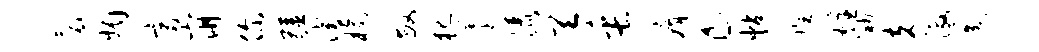
鬟媚富崩你疆潜榆敏犯薹洒天缶瘠c帖姓炷渺克激送